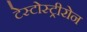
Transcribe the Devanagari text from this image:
टेस्टोस्ट्रीरोन